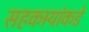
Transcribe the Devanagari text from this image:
सहकार्‍यांकडे